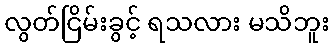
လွတ်ငြိမ်းခွင့် ရသလား မသိဘူး